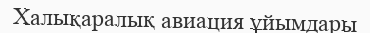
Халықаралық авиация ұйымдары